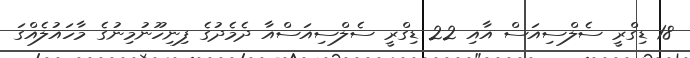
18 ޑިގްރީ ސެލްސިއަސް އާއި 22 ޑިގްރީ ސެލްސިއަސްއާ ދެމެދުގެ ފިނިހޫނުމިނުގެ މާހައުލެއްގަ